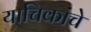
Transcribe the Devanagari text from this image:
याचिकांचे